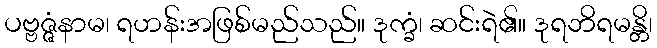
ပဗ္ဗဇ္ဇံနာမ၊ ရဟန်းအဖြစ်မည်သည်။ ဒုက္ခံ၊ ဆင်းရဲ၏။ ဒုရဘိရမန္တိ၊